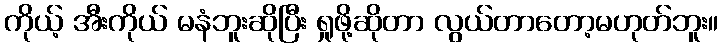
ကိုယ့် အီးကိုယ် မနံဘူးဆိုပြီး ရှုဖို့ဆိုတာ လွယ်တာတော့မဟုတ်ဘူး။